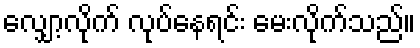
လျှော့လိုက် လုပ်နေရင်း မေးလိုက်သည်။